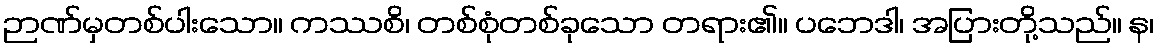
ဉာဏ်မှတစ်ပါးသော။ ကဿစိ၊ တစ်စုံတစ်ခုသော တရား၏။ ပဘေဒါ၊ အပြားတို့သည်။ န၊